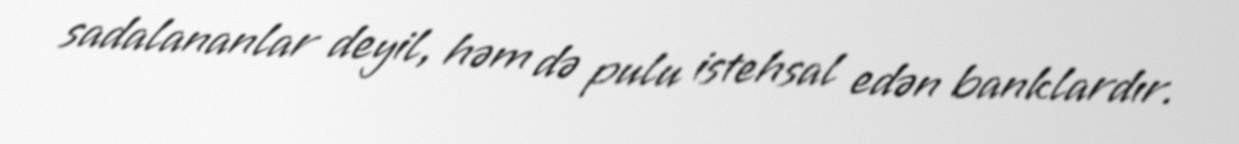
sadalananlar deyil, həm də pulu istehsal edən banklardır.